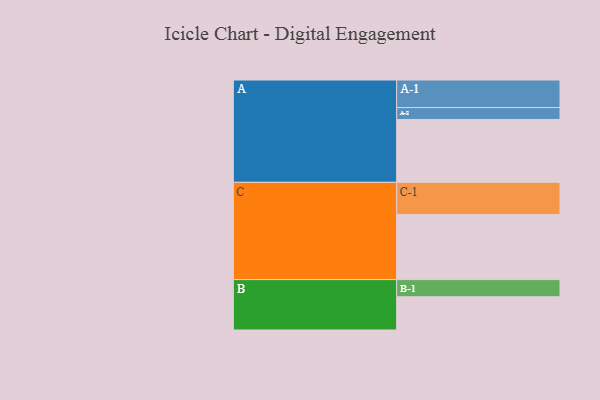
{"axis": {"x": "Segment", "y": "Value"}, "legend": ["", "A", "B", "C"], "data": [{"x": "A", "y": 569, "type": ""}, {"x": "B", "y": 301, "type": ""}, {"x": "C", "y": 588, "type": ""}, {"x": "A-1", "y": 249, "type": "A"}, {"x": "A-2", "y": 108, "type": "A"}, {"x": "B-1", "y": 155, "type": "B"}, {"x": "C-1", "y": 292, "type": "C"}]}